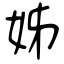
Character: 姊